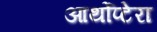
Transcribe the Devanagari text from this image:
आर्थोप्टेरा